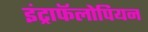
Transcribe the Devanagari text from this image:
इंट्राफॅलोपियन